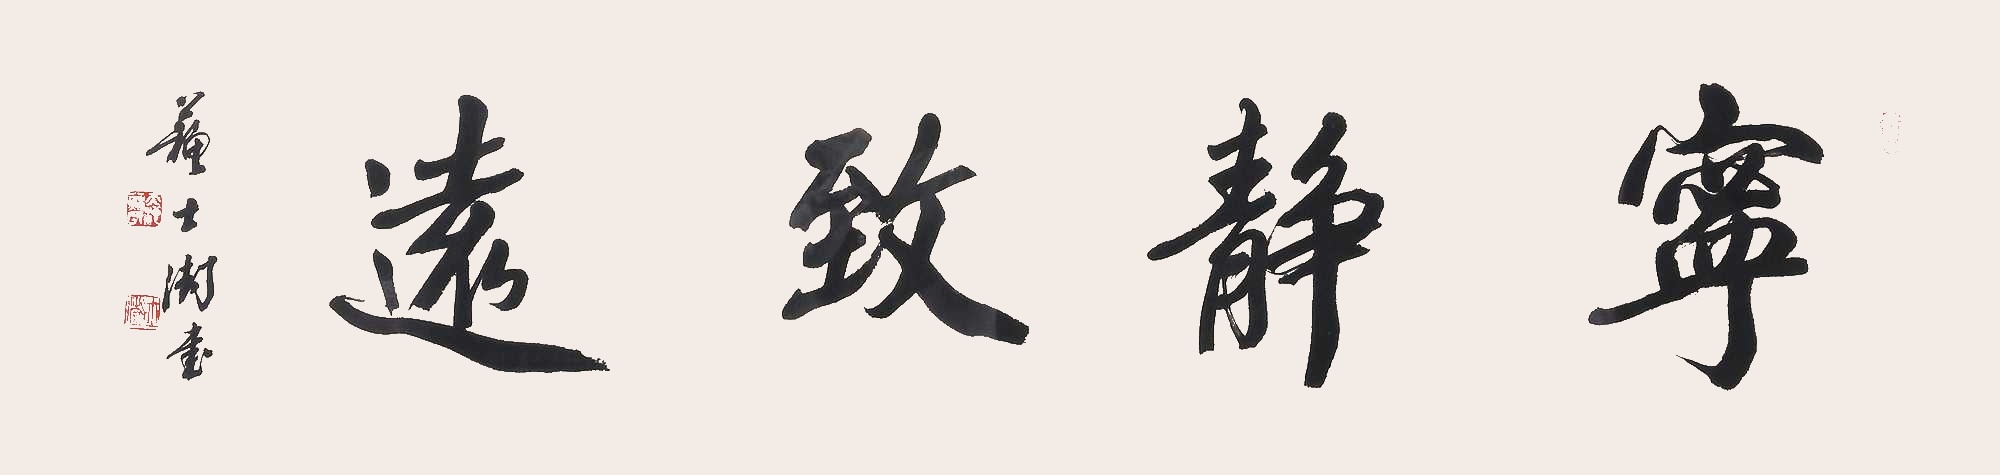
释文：宁静致远，苏士澍书。